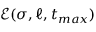
\mathcal { E } ( \sigma , \ell , t _ { m a x } )